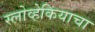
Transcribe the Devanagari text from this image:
स्लोव्हेकियाचा